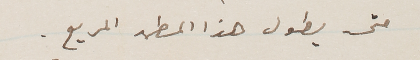
متى يطول هذا المطهر المريع.